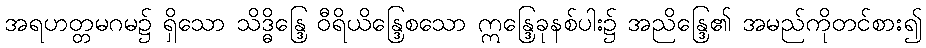
အရဟတ္တမဂမ၌ ရှိသော သိဒ္ဓိန္ဒြေ ဝီရိယိန္ဒြေစသော ဣန္ဒြေခုနစ်ပါး၌ အညိန္ဒြေ၏ အမည်ကိုတင်စား၍